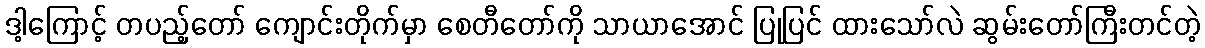
ဒါ့ကြောင့် တပည့်တော် ကျောင်းတိုက်မှာ စေတီတော်ကို သာယာအောင် ပြုပြင် ထားသော်လဲ ဆွမ်းတော်ကြီးတင်တဲ့